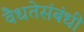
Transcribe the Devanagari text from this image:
वैधतेसंबंधी